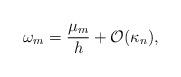
LaTeX: \begin{align*}\omega_{m} = \frac{\mu_m}{h} + \mathcal{O}(\kappa_n),\end{align*}